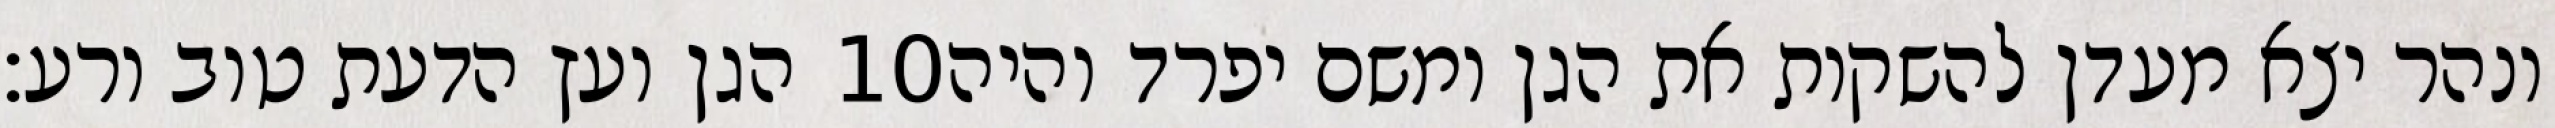
הגן ועץ הדעת טוב ורע׃ ‎10‏ ונהר יצא מעדן להשקות את הגן ומשם יפרד והיה